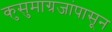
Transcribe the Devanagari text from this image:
कुसुमाग्रजांपासून